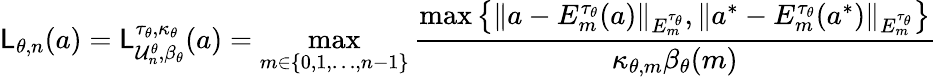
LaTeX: {\mathsf{L}}_{\theta,n}(a)={\mathsf{L}}_{\mathcal{U}_{n}^{\theta},\beta_{\theta}}^{\tau_{\theta},\kappa_{\theta}}(a)=\operatorname*{max}_{m\in\{ 0,1,\ldots,n-1\} }\frac{\operatorname*{max}\left\{ \| a-E_{m}^{\tau_{\theta}}(a)\| _{E_{m}^{\tau_{\theta}}},\| a^{*}-E_{m}^{\tau_{\theta}}(a^{*})\| _{E_{m}^{\tau_{\theta}}}\right\} }{\kappa_{\theta,m}\beta_{\theta}(m)}